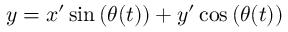
y = x ^ { \prime } \sin \left( \theta ( t ) \right) + y ^ { \prime } \cos \left( \theta ( t ) \right)